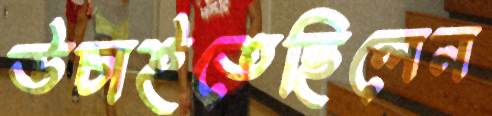
উচাইতেছিলেন